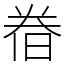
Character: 𣇃